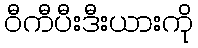
ဝီကီပီးဒီးယားကို